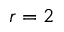
r = 2